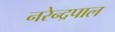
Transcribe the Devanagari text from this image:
नरेन्द्रपाल